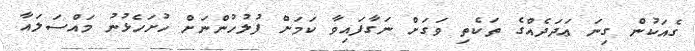
ގެއަކުން ގިނަ ޢަދަދެއްގެ ތަކެތި ވަގަށް ނަގާފައިވާ ކަމަށް ފުލުހުންނަށް ހުށަހެޅުނު މައްސަލައާ